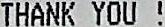
THANK YOU!